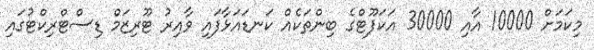
މިކަމަށް 10000 އާއި 30000 އަކަފޫޓްގެ ބިންތަކެއް ކަނޑައަޅާފައި ވާއިރު ޓޫރިޒަމް ޑިސްޓްރިކްޓުގައި